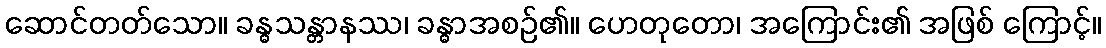
ဆောင်တတ်သော။ ခန္ဓသန္တာနဿ၊ ခန္ဓာအစဉ်၏။ ဟေတုတော၊ အကြောင်း၏ အဖြစ် ကြောင့်။